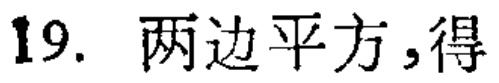
19. 两边平方,得